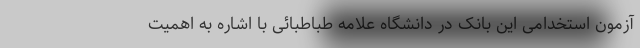
آزمون استخدامی این بانک در دانشگاه علامه طباطبائی با اشاره به اهمیت